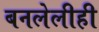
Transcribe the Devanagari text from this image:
बनलेलीही